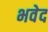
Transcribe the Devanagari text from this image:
भवेद